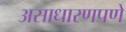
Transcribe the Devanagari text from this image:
असाधारणपणे